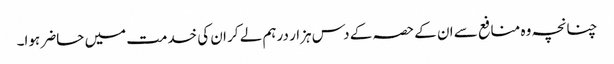
چنانچہ وہ منافع سے ان کے حصہ کے دس ہزار درہم لے کر ان کی خدمت میں حاضر ہوا۔